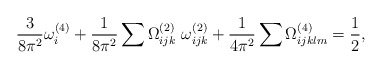
\begin{align*}\frac{3}{8\pi^{2}}\omega^{(4)}_{i} + \frac{1}{8\pi^{2}}\sum \Omega^{(2)}_{ijk}~\omega^{(2)}_{ijk} + \frac{1}{4\pi^{2}}\sum \Omega^{(4)}_{ijklm}=\frac{1}{2},\end{align*}